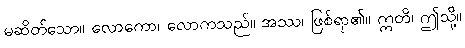
မဆိတ်သော။ လောကော၊ လောကသည်။ အဿ၊ ဖြစ်ရာ၏။ ဣတိ၊ ဤသို့။